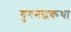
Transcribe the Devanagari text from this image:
युगनद्धकथा